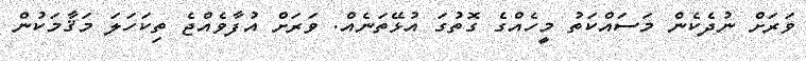
ވަރަށް ނުދެކެން މަސައްކަތު މީހެއްގެ ގޮތުގަ އުޅޭތަނެއް. ވަރަށް އުފާވެއްޖެ ތިކަހަލަ މަޤާމަކުން